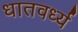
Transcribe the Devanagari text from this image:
धातवर्ध्य